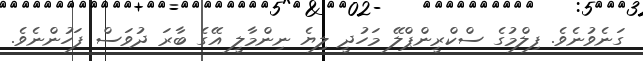
ގަނެވުނެވެ. ފިލްމުގެ ސްކްރީންޕްލޭ މަހުދީ ލިޔެ ނިންމާލީ އޭގެ ބާރަ ދުވަސް ފަހުންނެވެ.